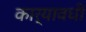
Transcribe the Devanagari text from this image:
कार्यावधी